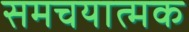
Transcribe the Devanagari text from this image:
समचयात्मक